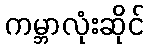
ကမ္ဘာလုံးဆိုင်